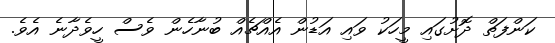
ކަންފަތް ދޮށުގައި މީހަކު ވައި އަޑުން އެއްޗެއް ބުނާހެން ވެސް ހީވެދާނެ އެވެ.